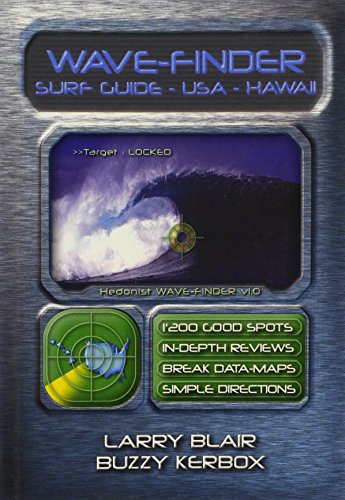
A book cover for Wave-finder Surf Guide  USA & Hawaii; Buzzy Kerbox; Travel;